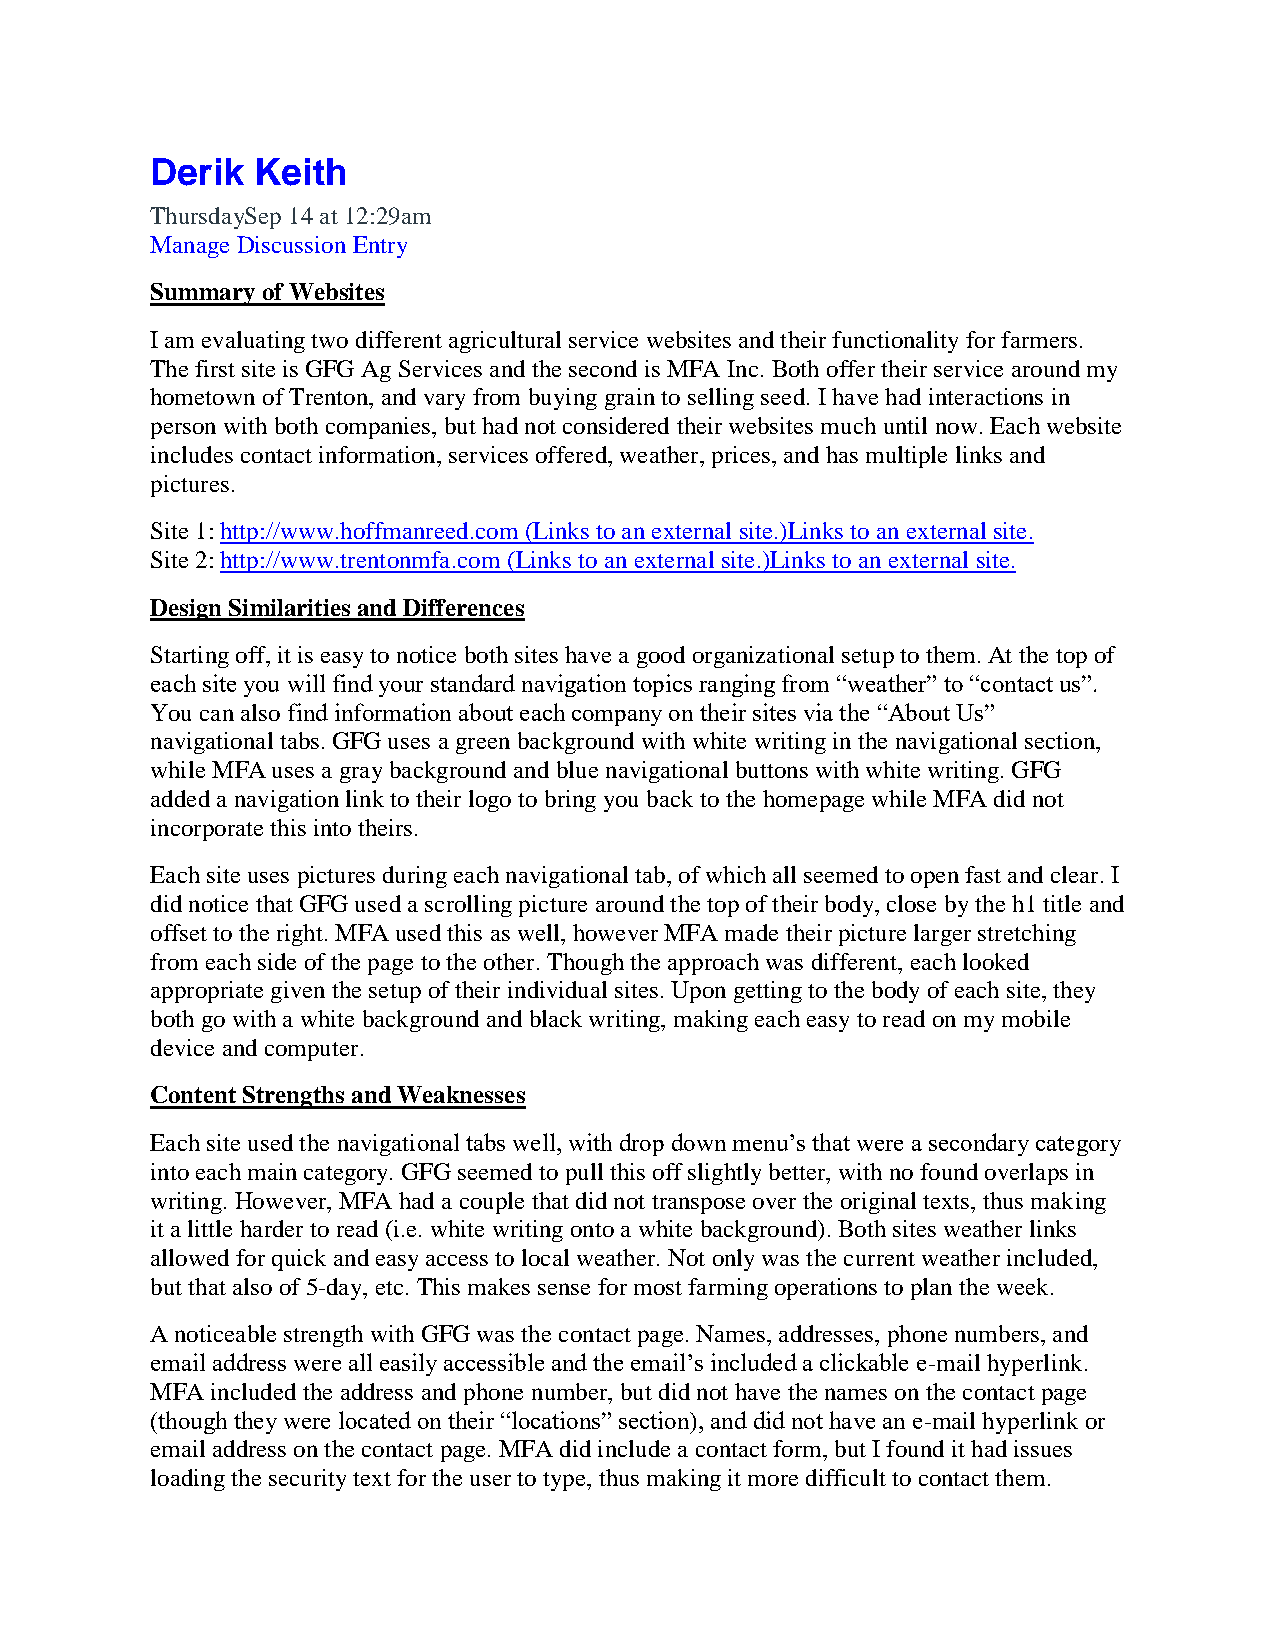
Derik  Keith
 ThursdaySep 14 at 12:29am
 Manage Discussion Entry
 Summary of Websites
 I am evaluating two different agricultural service websites and their functionality for farmers.
 The first site is GFG Ag Services and the second is MFA Inc. Both offer their service around my
 hometown of Trenton, and vary from buying grain to selling seed. I have had interactions in
 person with both companies, but had not considered their websites much until now. Each website
 includes contact information, services offered, weather, prices, and has multiple links and
 pictures.
 Site 1: http://www.hoffmanreed.com (Links to an external site.)Links to an external site.
 Site 2: http://www.trentonmfa.com (Links to an external site.)Links to an external site.
 Design Similarities and Differences
 Starting off, it is easy to notice both sites have a good organizational setup to them. At the top of
 each site you will find your standard navigation topics ranging from “weather” to “contact us”.
 You can also find information about each company on their sites via the “About Us”
 navigational tabs. GFG uses a green background with white writing in the navigational section,
 while MFA uses a gray background and blue navigational buttons with white writing. GFG
 added a navigation link to their logo to bring you back to the homepage while MFA did not
 incorporate this into theirs.
 Each site uses pictures during each navigational tab, of which all seemed to open fast and clear. I
 did notice that GFG used a scrolling picture around the top of their body, close by the h1 title and
 offset to the right. MFA used this as well, however MFA made their picture larger stretching
 from each side of the page to the other. Though the approach was different, each looked
 appropriate given the setup of their individual sites. Upon getting to the body of each site, they
 both go with a white background and black writing, making each easy to read on my mobile
 device and computer.
 Content Strengths and Weaknesses
 Each site used the navigational tabs well, with drop down menu’s that were a secondary category
 into each main category. GFG seemed to pull this off slightly better, with no found overlaps in
 writing. However, MFA had a couple that did not transpose over the original texts, thus making
 it a little harder to read (i.e. white writing onto a white background). Both sites weather links
 allowed for quick and easy access to local weather. Not only was the current weather included,
 but that also of 5-day, etc. This makes sense for most farming operations to plan the week.
 A noticeable strength with GFG was the contact page. Names, addresses, phone numbers, and
 email address were all easily accessible and the email’s included a clickable e-mail hyperlink.
 MFA included the address and phone number, but did not have the names on the contact page
 (though they were located on their “locations” section), and did not have an e-mail hyperlink or
 email address on the contact page. MFA did include a contact form, but I found it had issues
 loading the security text for the user to type, thus making it more difficult to contact them.